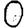
Digit: 0